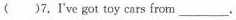
( )7.I've got toy cars from___.